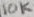
Text: 10K